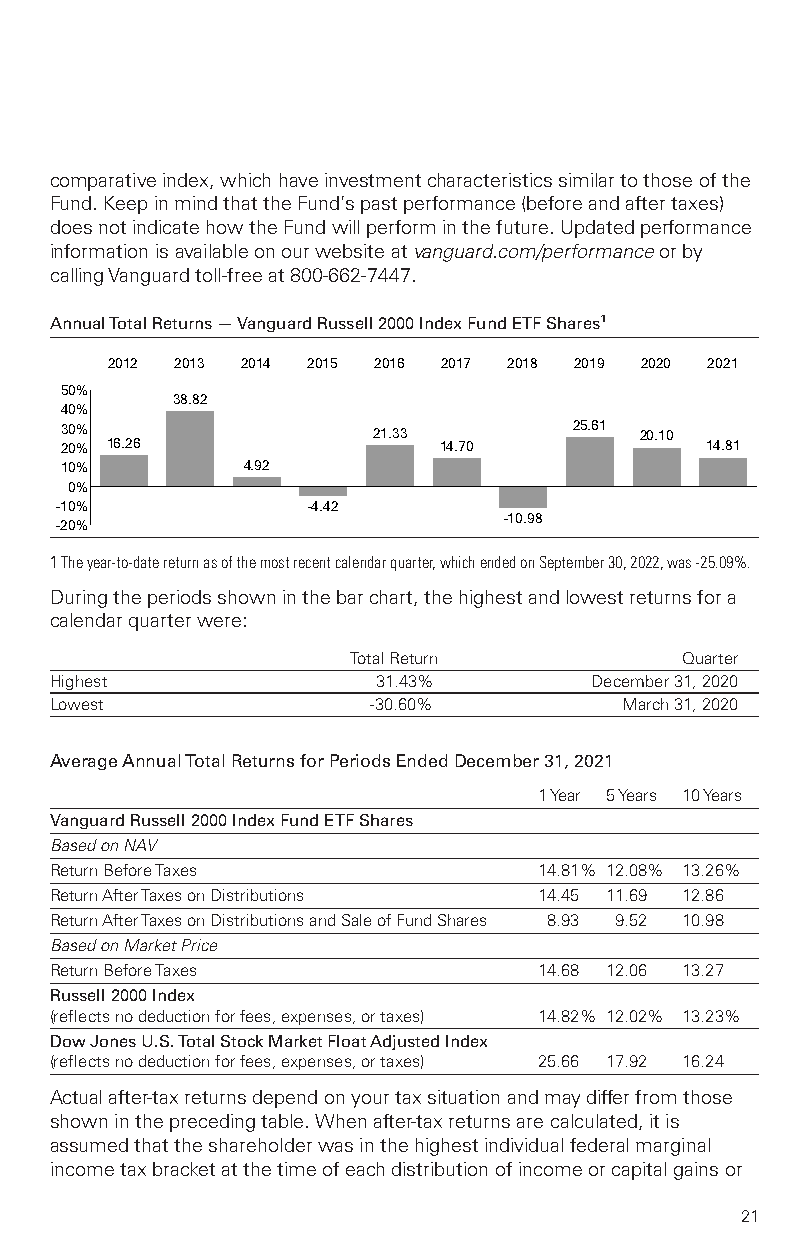
comparativeindex,whichhaveinvestmentcharacteristicssimilartothoseofthe
 Fund.KeepinmindthattheFund’spastperformance(beforeandaftertaxes)
 doesnotindicatehowtheFundwillperforminthefuture.Updatedperformance
 informationisavailableonourwebsiteatvanguard.com/performanceorby
 callingVanguardtoll-freeat800-662-7447.
 AnnualTotalReturns—VanguardRussell2000IndexFundETFShares1
 2012 2013 2014 2015 2016 2017 2018 2019 2020 2021
 50%
 38.82
 40%
 30%                  21.33        25.61 20.10
 20% 16.26                14.70             14.81
 10%         4.92
 0%
 -10%            –4.42
 –10.98
 -20%
 1Theyear-to-datereturnasofthemostrecentcalendarquarter,whichendedonSeptember30,2022,was-25.09%.
 Duringtheperiodsshowninthebarchart,thehighestandlowestreturnsfora
 calendarquarterwere:
 TotalReturn           Quarter
 Highest               31.43%        December31,2020
 Lowest                -30.60%         March31,2020
 AverageAnnualTotalReturnsforPeriodsEndedDecember31,2021
 1Year 5Years 10Years
 VanguardRussell2000IndexFundETFShares
 BasedonNAV
 ReturnBeforeTaxes                14.81% 12.08% 13.26%
 ReturnAfterTaxesonDistributions  14.45 11.69 12.86
 ReturnAfterTaxesonDistributionsandSaleofFundShares 8.93 9.52 10.98
 BasedonMarketPrice
 ReturnBeforeTaxes                14.68 12.06 13.27
 Russell2000Index
 (reflectsnodeductionforfees,expenses,ortaxes) 14.82% 12.02% 13.23%
 DowJonesU.S.TotalStockMarketFloatAdjustedIndex
 (reflectsnodeductionforfees,expenses,ortaxes) 25.66 17.92 16.24
 Actualafter-taxreturnsdependonyourtaxsituationandmaydifferfromthose
 shownintheprecedingtable.Whenafter-taxreturnsarecalculated,itis
 assumedthattheshareholderwasinthehighestindividualfederalmarginal
 incometaxbracketatthetimeofeachdistributionofincomeorcapitalgainsor
 21